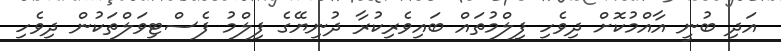
އަދި ބުނީ އާއްމުކޮށް ދިވެހި ފިލްމުތައް ބައިވެރިކުރާ ދުނިޔޭގެ ފިލްމު ފެސްޓިވަލްތަކުން ދިވެހި